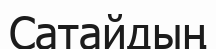
Сатайдың